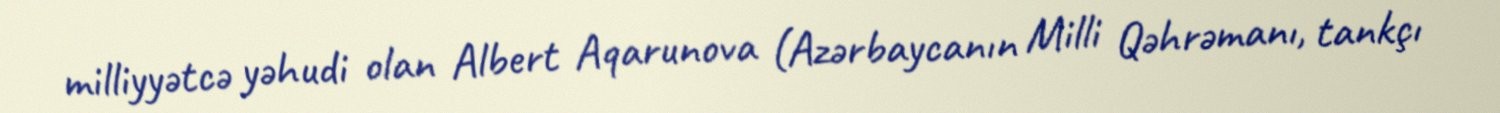
milliyyətcə yəhudi olan Albert Aqarunova (Azərbaycanın Milli Qəhrəmanı, tankçı